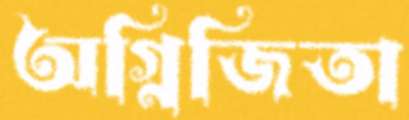
অগ্নিজিতা